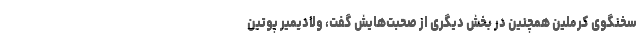
سخنگوی کرملین همچنین در بخش دیگری از صحبت‌هایش گفت، ولادیمیر پوتین